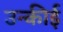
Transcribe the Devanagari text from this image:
उन्कीई